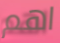
اهم